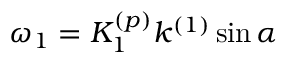
\omega _ { 1 } = K _ { 1 } ^ { ( p ) } k ^ { ( 1 ) } \sin \alpha